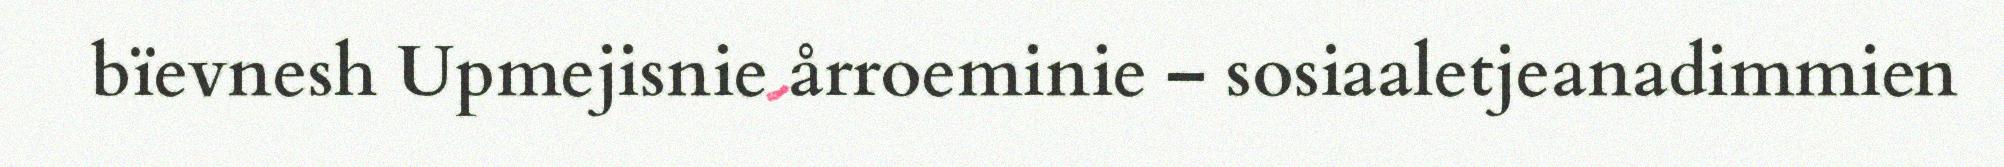
bïevnesh Upmejisnie årroeminie – sosiaaletjeanadimmien